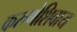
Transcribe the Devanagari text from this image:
करुणेशिवाय